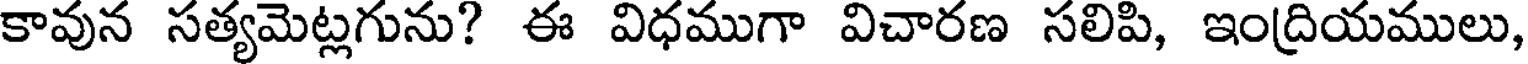
కావున సత్యమెట్లగును? ఈ విధముగా విచారణ సలిపి, ఇంద్రియములు,